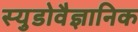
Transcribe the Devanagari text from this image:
स्युडोवैज्ञानिक